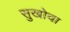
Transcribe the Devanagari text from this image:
सुखोवा